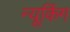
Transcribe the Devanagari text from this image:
न्यूकिंग